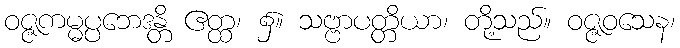
ဝဇ္ဇကမ္မပ္ပဘေဒန္တိ ဧတ္ထ၊ ၌။ သဗ္ဗာပတ္တိယာ၊ တို့သည်။ ဝဇ္ဇဝသေန၊